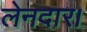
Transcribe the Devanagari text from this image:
लेनदार।